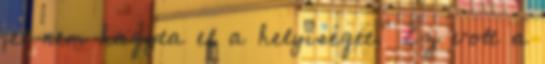
jel nem hagyta el a helyiséget.” Ez volt a